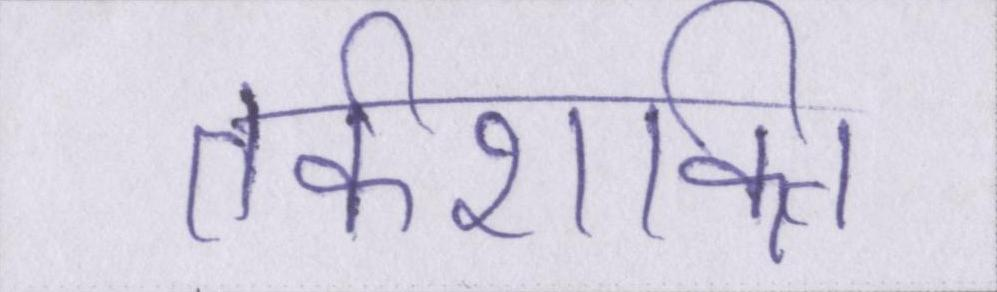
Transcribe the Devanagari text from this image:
तर्कशक्ति